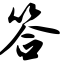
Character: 答